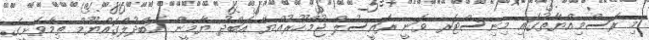
މި ރަސްމިއްޔާތުގައި މިނިސްޓަރ ވަނީ ރައީސުލް ޖުމްހޫރުއްޔާ އަބްދު ޔާމީން އަބްދުލްގައްޔޫމް ތިމާވެށީގެ